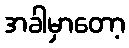
အခါမှာတော့